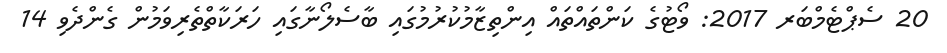
20 ސެޕްޓެމްބަރ 2017: ވޯޓުގެ ކަންތައްތައް އިންތިޒާމުކުރުމުގައި ބާސެލޯނާގައި ހަރަކާތްތެރިވަމުން ގެންދެވި 14